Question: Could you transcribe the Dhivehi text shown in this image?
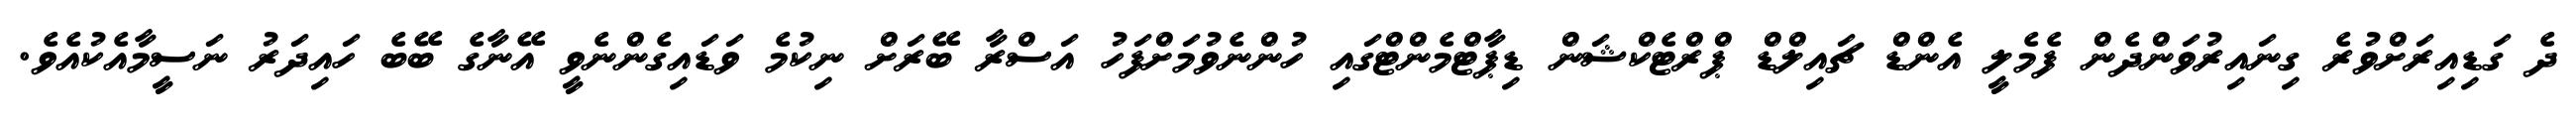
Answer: ދެ ގަޑިއިރަށްވުރެ ގިނައިރުވަންދެން ފެމެލީ އެންޑް ޗައިލްޑް ޕްރްޓެކްޝަން ޑިޕާޓްމެންޓްގައި ހުންނެވުމަށްފަހު އަސްރާ ބޭރަށް ނިކުމެ ވަޑައިގެންނެވީ އޭނާގެ ބޭބެ ހައިދަރު ނަސީމާއެކުއެވެ.